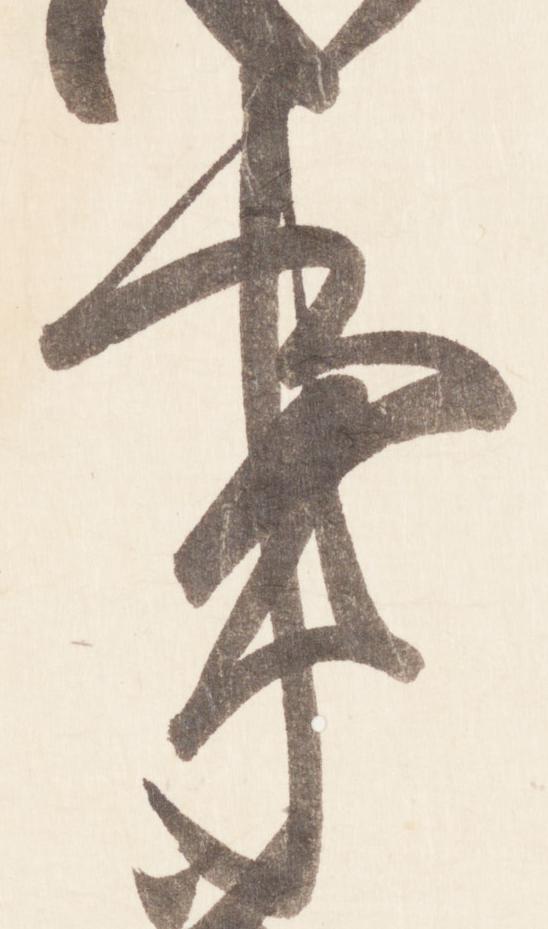
事